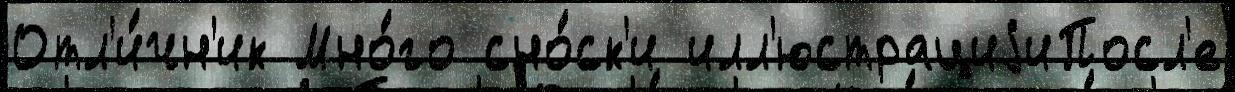
Отл'и́чн'ик Мно́го сно́ск'и илл'юстрациjиПосл'е